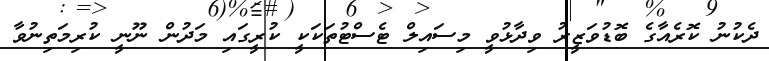
ދެކުނު ކޮރެއާގެ ބޮޑުވަޒީރު ވިދާޅުވީ މިސައިލް ޓެސްޓުތަކަކީ ކުރީގައި މަދުން ނޫނީ ކުރިމަތިނުވާ